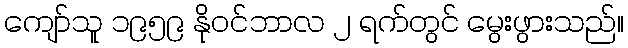
ကျော်သူ ၁၉၅၉ နိုဝင်ဘာလ ၂ ရက်တွင် မွေးဖွားသည်။